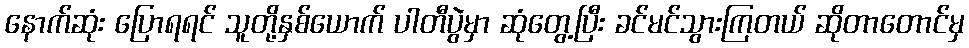
နောက်ဆုံး ပြောရရင် သူတို့နှစ်ယောက် ပါတီပွဲမှာ ဆုံတွေ့ပြီး ခင်မင်သွားကြတယ် ဆိုတာတောင်မှ